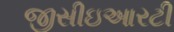
જીસીઇઆરટી